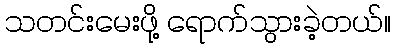
သတင်းမေးဖို့ ရောက်သွားခဲ့တယ်။